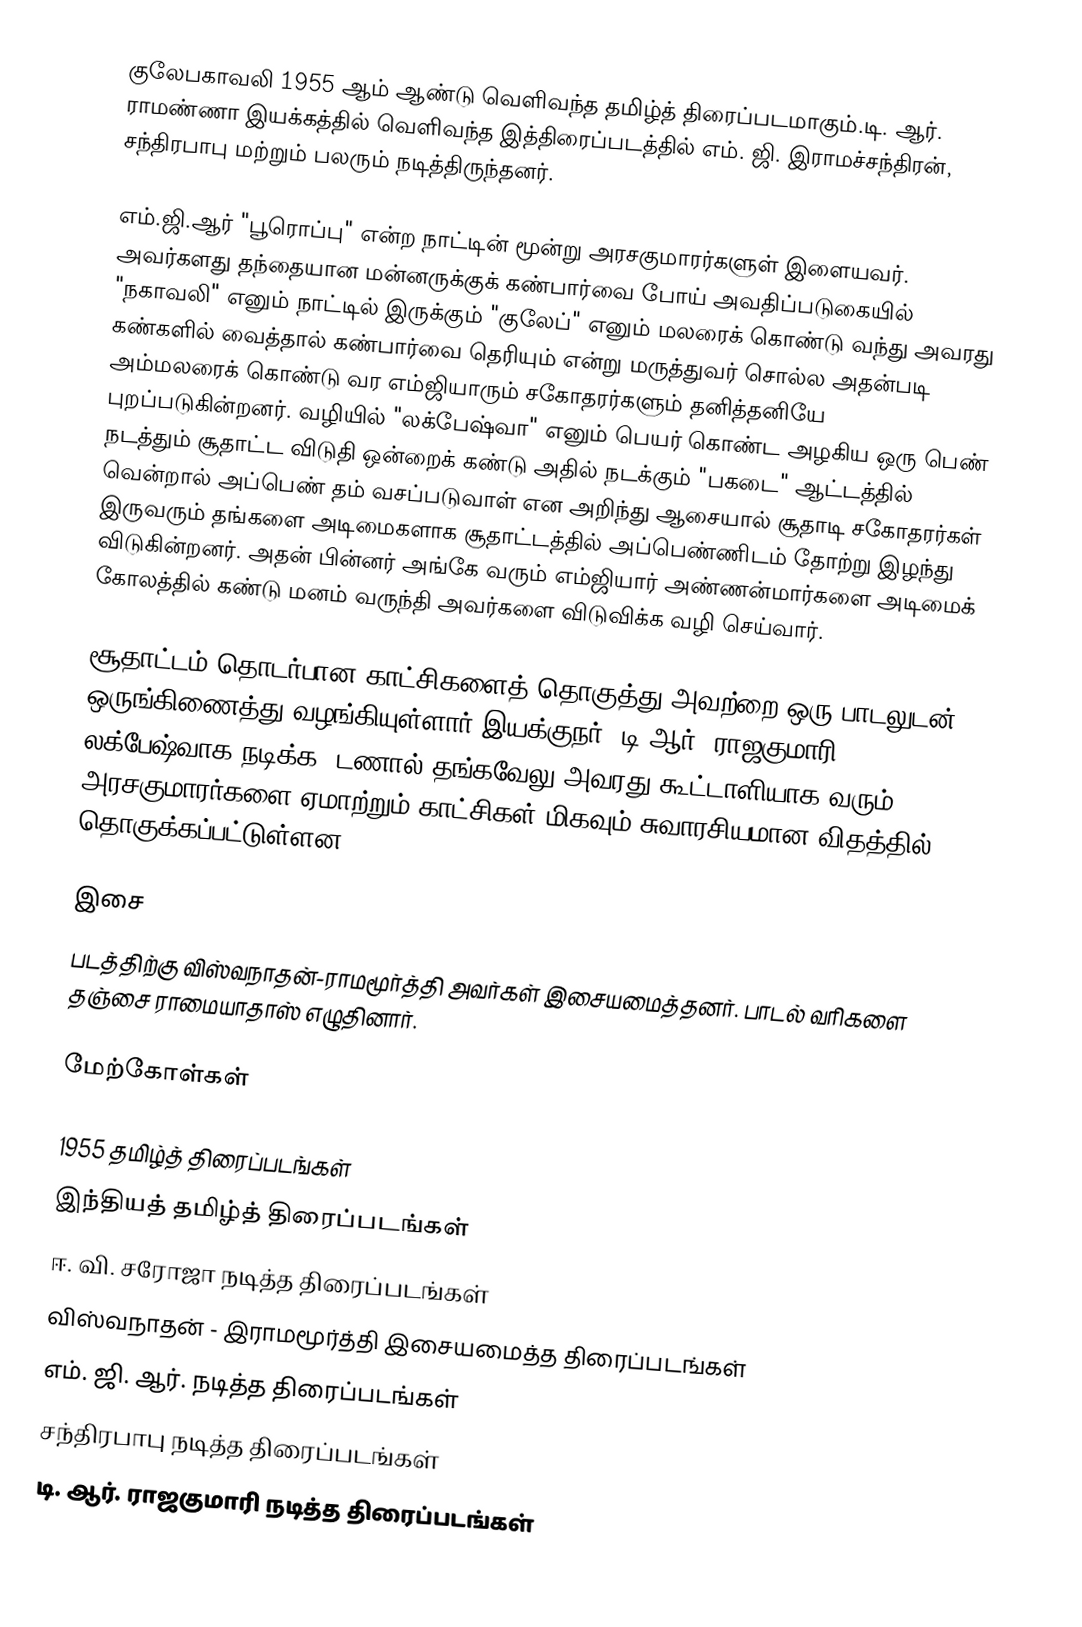
குலேபகாவலி 1955 ஆம் ஆண்டு வெளிவந்த தமிழ்த் திரைப்படமாகும்.டி. ஆர். ராமண்ணா இயக்கத்தில் வெளிவந்த இத்திரைப்படத்தில் எம். ஜி. இராமச்சந்திரன், சந்திரபாபு மற்றும் பலரும் நடித்திருந்தனர்.

எம்.ஜி.ஆர் "பூரொப்பு" என்ற நாட்டின் மூன்று அரசகுமாரர்களுள் இளையவர். அவர்களது தந்தையான மன்னருக்குக் கண்பார்வை போய் அவதிப்படுகையில் "நகாவலி" எனும் நாட்டில் இருக்கும் "குலேப்" எனும் மலரைக் கொண்டு வந்து அவரது கண்களில் வைத்தால் கண்பார்வை தெரியும் என்று மருத்துவர் சொல்ல அதன்படி அம்மலரைக் கொண்டு வர எம்ஜியாரும் சகோதரர்களும் தனித்தனியே புறப்படுகின்றனர். வழியில் "லக்பேஷ்வா" எனும் பெயர் கொண்ட அழகிய ஒரு பெண் நடத்தும் சூதாட்ட விடுதி ஒன்றைக் கண்டு அதில் நடக்கும் "பகடை" ஆட்டத்தில் வென்றால் அப்பெண் தம் வசப்படுவாள் என அறிந்து ஆசையால் சூதாடி சகோதரர்கள் இருவரும் தங்களை அடிமைகளாக சூதாட்டத்தில் அப்பெண்ணிடம் தோற்று இழந்து விடுகின்றனர். அதன் பின்னர் அங்கே வரும் எம்ஜியார் அண்ணன்மார்களை அடிமைக் கோலத்தில் கண்டு மனம் வருந்தி அவர்களை விடுவிக்க வழி செய்வார்.

சூதாட்டம் தொடர்பான காட்சிகளைத் தொகுத்து அவற்றை ஒரு பாடலுடன் ஒருங்கிணைத்து வழங்கியுள்ளார் இயக்குநர். டி.ஆர். ராஜகுமாரி லக்பேஷ்வாக நடிக்க, டணால் தங்கவேலு அவரது கூட்டாளியாக வரும் அரசகுமாரர்களை ஏமாற்றும் காட்சிகள் மிகவும் சுவாரசியமான விதத்தில் தொகுக்கப்பட்டுள்ளன.

இசை
படத்திற்கு விஸ்வநாதன்-ராமமூர்த்தி அவர்கள் இசையமைத்தனர். பாடல் வரிகளை தஞ்சை ராமையாதாஸ் எழுதினார்.

மேற்கோள்கள்

1955 தமிழ்த் திரைப்படங்கள்
இந்தியத் தமிழ்த் திரைப்படங்கள்
ஈ. வி. சரோஜா நடித்த திரைப்படங்கள்
விஸ்வநாதன் - இராமமூர்த்தி இசையமைத்த திரைப்படங்கள்
எம். ஜி. ஆர். நடித்த திரைப்படங்கள்
சந்திரபாபு நடித்த திரைப்படங்கள்
டி. ஆர். ராஜகுமாரி நடித்த திரைப்படங்கள்